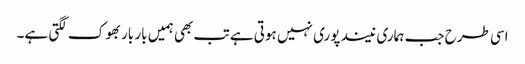
اسی طرح جب ہماری نیند پوری نہیں ہوتی ہے تب بھی ہمیں بار بار بھوک لگتی ہے۔